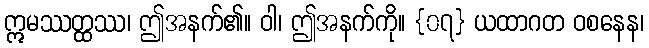
ဣမဿတ္ထဿ၊ ဤအနက်၏။ ဝါ၊ ဤအနက်ကို။ {၀၇} ယထာဂတ ဝစနေန၊